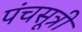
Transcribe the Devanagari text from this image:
पंचसूत्री